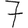
Digit: 7